Medical and sanitary report of the native army of Bengal for the year
Year: 1874
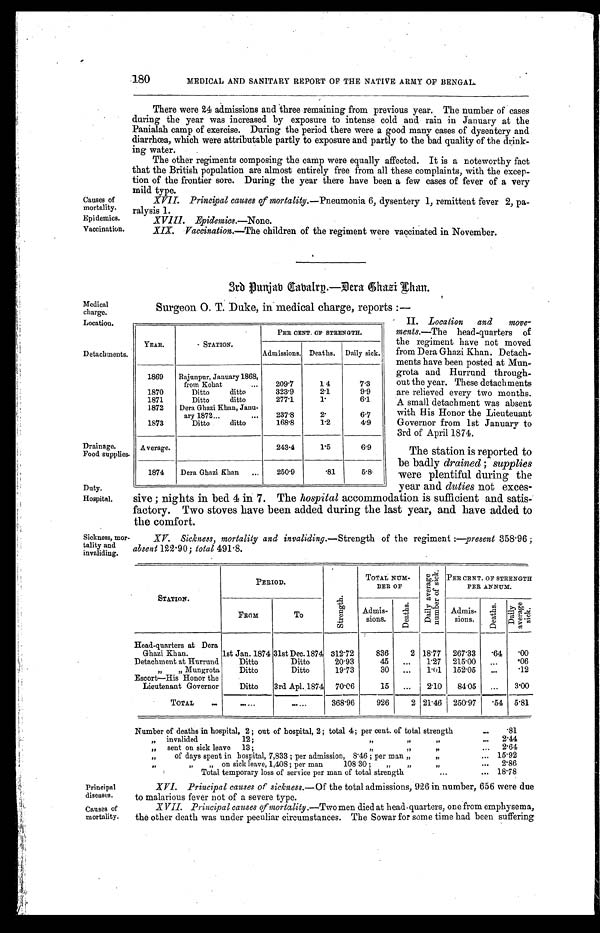
Causes of
mortality.
Epidemics.
Vaccination.
Medical
charge.
Location.
Duty.
Hospital.
Principal
diseases.
Causes of
mortality.
180
MEDICAL AND SANITARY REPORT OF THE NATIVE ARMY OF BENGAL.
There were 24 admissions and three remaining from previous year. The number of cases
during the year was increased by exposure to intense cold and rain in January at the
Panialah camp of exercise. During the period there were a good many cases of dysentery and
diarrhœa, which were attributable partly to exposure and partly to the bad quality of the drink-
ing water.
The other regiments composing the camp were equally affected. It is a noteworthy fact
that the British population are almost entirely free from all these complaints, with the excep-
tion of the frontier sore. During the year there have been a few cases of fever of a very
mild type.
XVII. Principal causes of mortality.—Pneumonia 6, dysentery 1, remittent fever 2, pa-
ralysis 1.
Epidemics.—None.
Vaccination.—The children of the regiment were vaccinated in November.
3rd Punjab Cabalry.—Dera Ghazi Khan.
Detachments,
Drainage.
Food supplies.
Sickness, mor-
tality and
invaliding.
Surgeon O. T. Duke, in medical charge, reports :—
YEAR.
STATION.
PER CENT. OF STRENGTH.
Admissions. Deaths. Daily sick.
1869 Rajunpur, January 1868,
from Kohat
...
209.7
1 4
7.3
1870
Ditto
ditto
323.9
2.1
9 . 9
1871
Ditto
ditto
277.1
1.
6.1
1872 Dera Ghazi Khan, Janu-
ary 1872...
. . . 237.8
2.
6.7
1873
Ditto
ditto
168.8
1.2
4.9
Average.
243.4
1.5
6.9
1874 Dera Ghazi Khan
. . . 250.9
.81
5.8
XT. Sickness, mortality and invaliding.—Strength of the regiment :—present 358.96 ;
absent 122. 90; total 491.8.
II. Location and move-
ments.—The head-quarters of
the regiment have not moved
from Dera Ghazi Khan. Detach-
ments have been posted at Mun-
grota and Hurrund through-
out the year. These detachments
are relieved every two months.
A small detachment was absent
with His Honor the Lieuteuant
Governor from 1st January to
3rd of April 1874.
The station is reported to
be badly drained ; supplies
were plentiful during the
year and duties not exces-
sive ; nights in bed 4 in 7. The hospital accommodation is sufficient and satis
factory. Two stoves have been added during the last year, and have added to
the comfort.
STATION.
PERIOD.
S t r e n g t h .
TOTAL NUM-
BER OF
D a i l y a v e r a g e n u m b e r o f s i c k .
PER CENT. OF STRENGTH
PER ANNUM.
FROM
To
Admis-
sions.
D e a t h s .
Admis-
sions.
D e a t h s .
D a i l y a v e r a g e s i c k .
Head-quarters at Dera
Ghazi Khan.
1st Jan. 1874 31st Dec.1874 312.72
836
2 18.77 267.33
. 64 .00
Detachment at Hurrund
Ditto
Ditto
20.93
45 ... 1.27 215.00 ...
.06
„ „ Mungrota
Ditto
Ditto
19.73
30
. . . 1.01 152.05
...
.12
Escort—His Honor the
Lieutenant Governor
Ditto 3rd Apl. 1874 70.06
15 ... 2.10
84.05 ... 3.00
TOTAL
. . .
. . .
. . . 368.96
926
2 21.46 250.97
. 54 5.81
Number of deaths in hospital, 2 ; out of hospital, 2 ; total 4; per cent. of total strength
. . . .81
„ invalided
12 ;
„
, ,
, ,
. . . 2 . 4 4
„ sent on sick leave 13 ;
, ,
, , , ,
. . . 2.64
„
of days spent in hospital, 7,833 ; per admission, 8'46 ; per man „
, ,
. . . 15.92
,,
„ on sick leave, 1,408 ; per man
108 30 ; „
, , , ,
. . . 2.86
Total temporary loss of service per man of total strength
...
. . . 18.78
XVI. Principal causes of sickness.—Of the total admissions, 926 in number, 656 were due
to malarious fever not of a severe type.
X VII. Principal causes of mortality.— Two men died at head-quarters, one from emphysema,
the other death was under peculiar circumstances. The Sowar for some time had been suffering